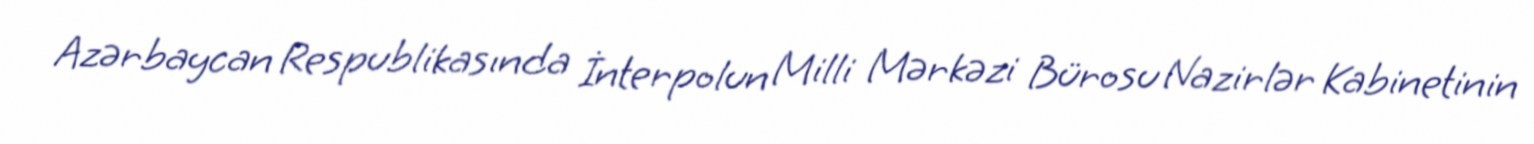
Azərbaycan Respublikasında İnterpolun Milli Mərkəzi Bürosu Nazirlər Kabinetinin